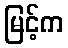
မြင့်က